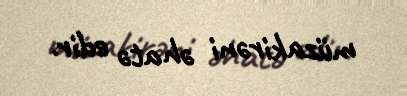
müzakirəni əhatə edir.